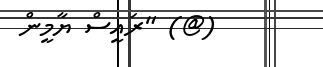
(@) "ރައީސް ޔާމީން